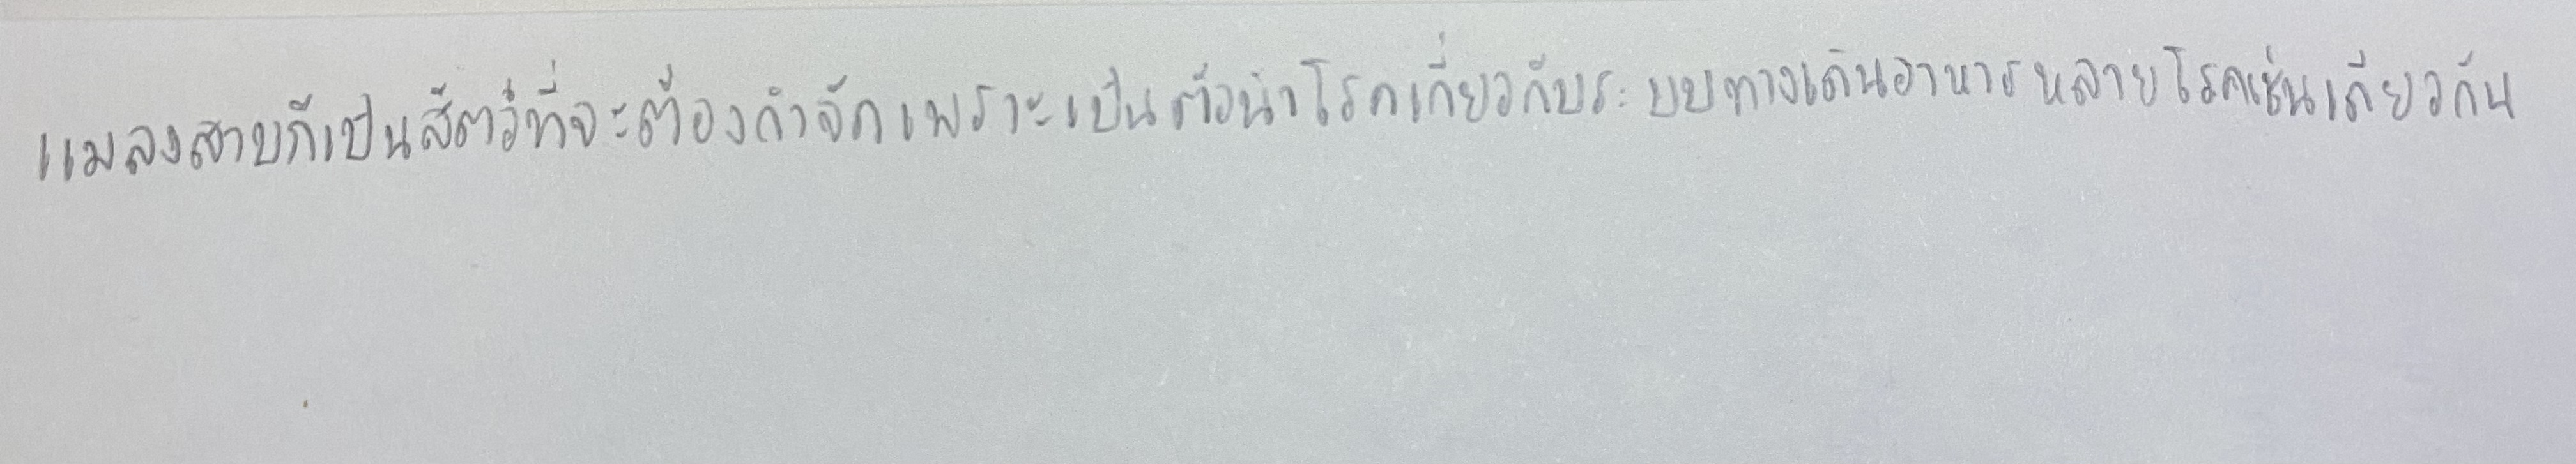
แมลงสาบก็เป็นสัตว์ที่จะต้องกำจัดเพราะเป็นตัวนำโรคเกี่ยวกับระบบทางเดินอาหารหลายโรคเช่นเดียวกัน